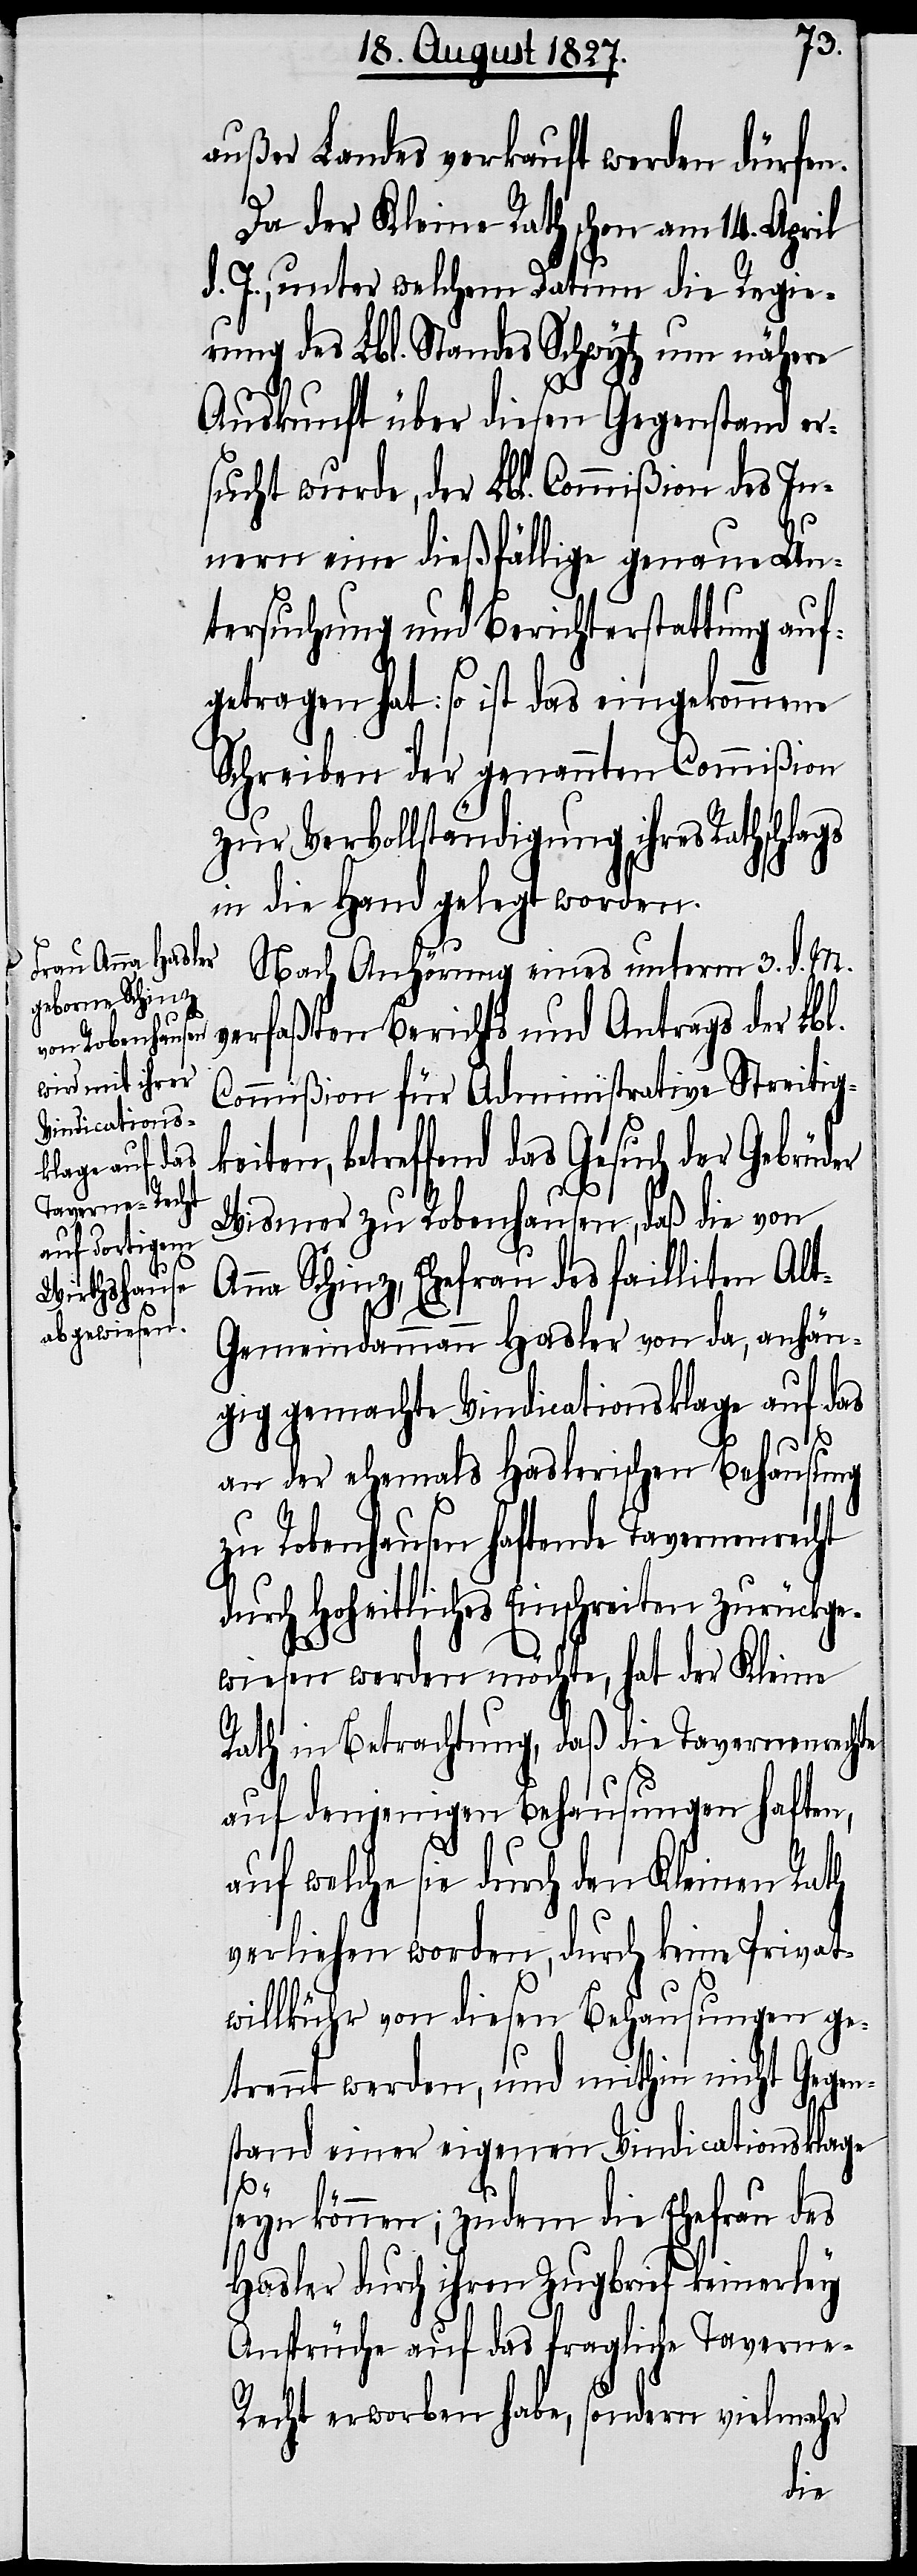
außer Landes verkauft werden dürfen.
Da der Kleine Rath schon am 14. April
d. J., unter welchem Datum die Regie¬
rung des Lbl. Standes Schwytz um nähere
Auskunft über diesen Gegenstand er¬
sucht wurde, der Lbl. Commißion des In¬
nern eine dießfällige genaue Un¬
tersuchung und Berichterstattung auf¬
getragen hat: so ist das eingekommene
Schreiben der genannten Commißion
zur Vervollständigung ihres Rathschlags
in die Hand gelegt worden.
Nach Anhörung eines unterm 3. d. M.
verfaßten Berichts und Antrags der Lbl.
Commißion für Administrative Streitig¬
betreffend das Gesuch der Gebrüder
Wismer zu Robenhausen, daß die von
Anna Schinz, Ehefrau des faillirten Al¬
t-Gemeindammann Hasler von da, anhän¬
gig gemachte Vindicationsklage auf das
an der ehemals Haslerischen Behausung
zu Robenhausen haftende Tavernenrecht
durch Hoheitliches Einschreiten zurückge¬
wiesen werden möchte, hat der Kleine
Rath in Betrachtung, daß die Tavernenrechte
auf denjenigen Behausungen haften,
auf welche sie durch den Kleinen Rath
verliehen worden, durch keine Privat¬
willkühr von diesen Behausungen ge¬
trennt werden, und mithin nicht Gegen¬
stand einer eigenen Vindicationsklage
seyn können; zudem die Ehefrau des
Hasler durch ihren Zugbrief keinerley
Ansprüche auf das fragliche Taverne-R¬
echt erworben habe, sondern vielmehr
keiten,